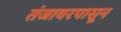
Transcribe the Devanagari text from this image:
तंजावरपासून